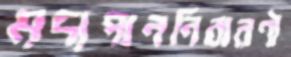
মদ্যপাননিবারণী